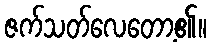
ဇက်သတ်လေတော့၏။